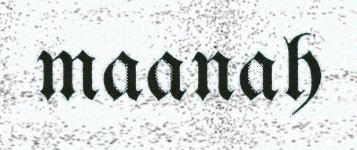
maanah